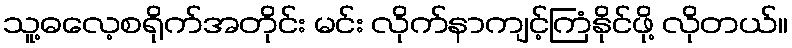
သူ့ဓလေ့စရိုက်အတိုင်း မင်း လိုက်နာကျင့်ကြံနိုင်ဖို့ လိုတယ်။